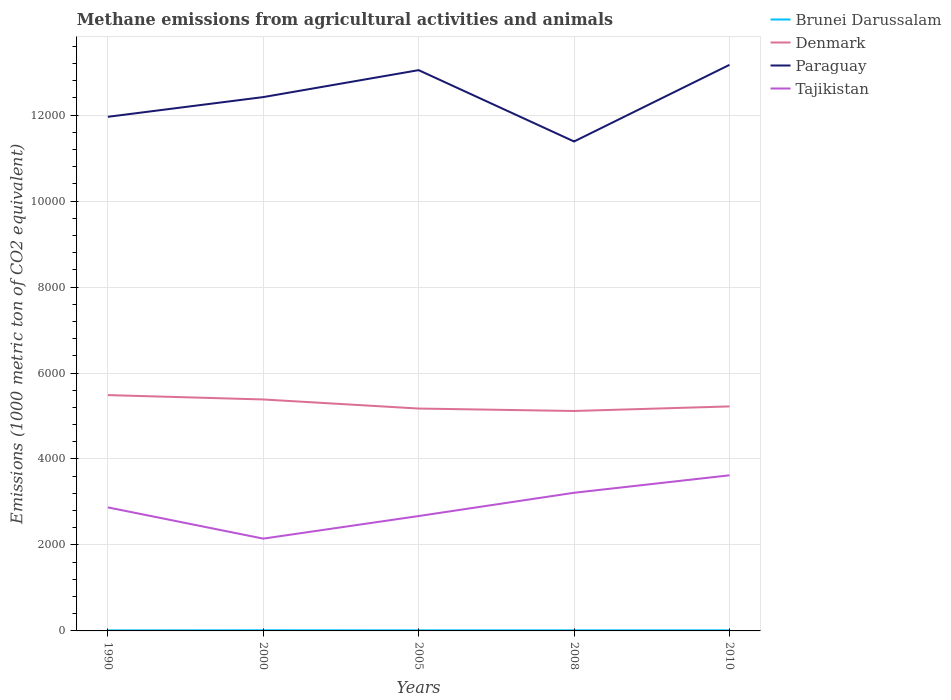
| Years | Brunei Darussalam | Denmark | Paraguay | Tajikistan |
 | --- | --- | --- | --- | --- |
 | 1990 | 12.5 | 5.49e+03 | 1.2e+04 | 2.87e+03 |
 | 2000 | 15.3 | 5.38e+03 | 1.24e+04 | 2.15e+03 |
 | 2005 | 14.1 | 5.17e+03 | 1.3e+04 | 2.67e+03 |
 | 2008 | 14.3 | 5.12e+03 | 1.14e+04 | 3.21e+03 |
 | 2010 | 14.4 | 5.22e+03 | 1.32e+04 | 3.62e+03 |